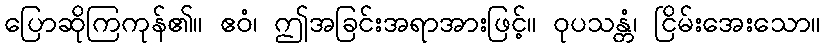
ပြောဆိုကြကုန်၏။ ဧဝံ၊ ဤအခြင်းအရာအားဖြင့်။ ဝုပသန္တံ၊ ငြိမ်းအေးသော။